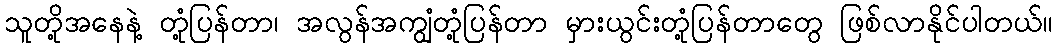
သူတို့အနေနဲ့ တုံ့ပြန်တာ၊ အလွန်အကျွံတုံ့ပြန်တာ မှားယွင်းတုံ့ပြန်တာတွေ ဖြစ်လာနိုင်ပါတယ်။